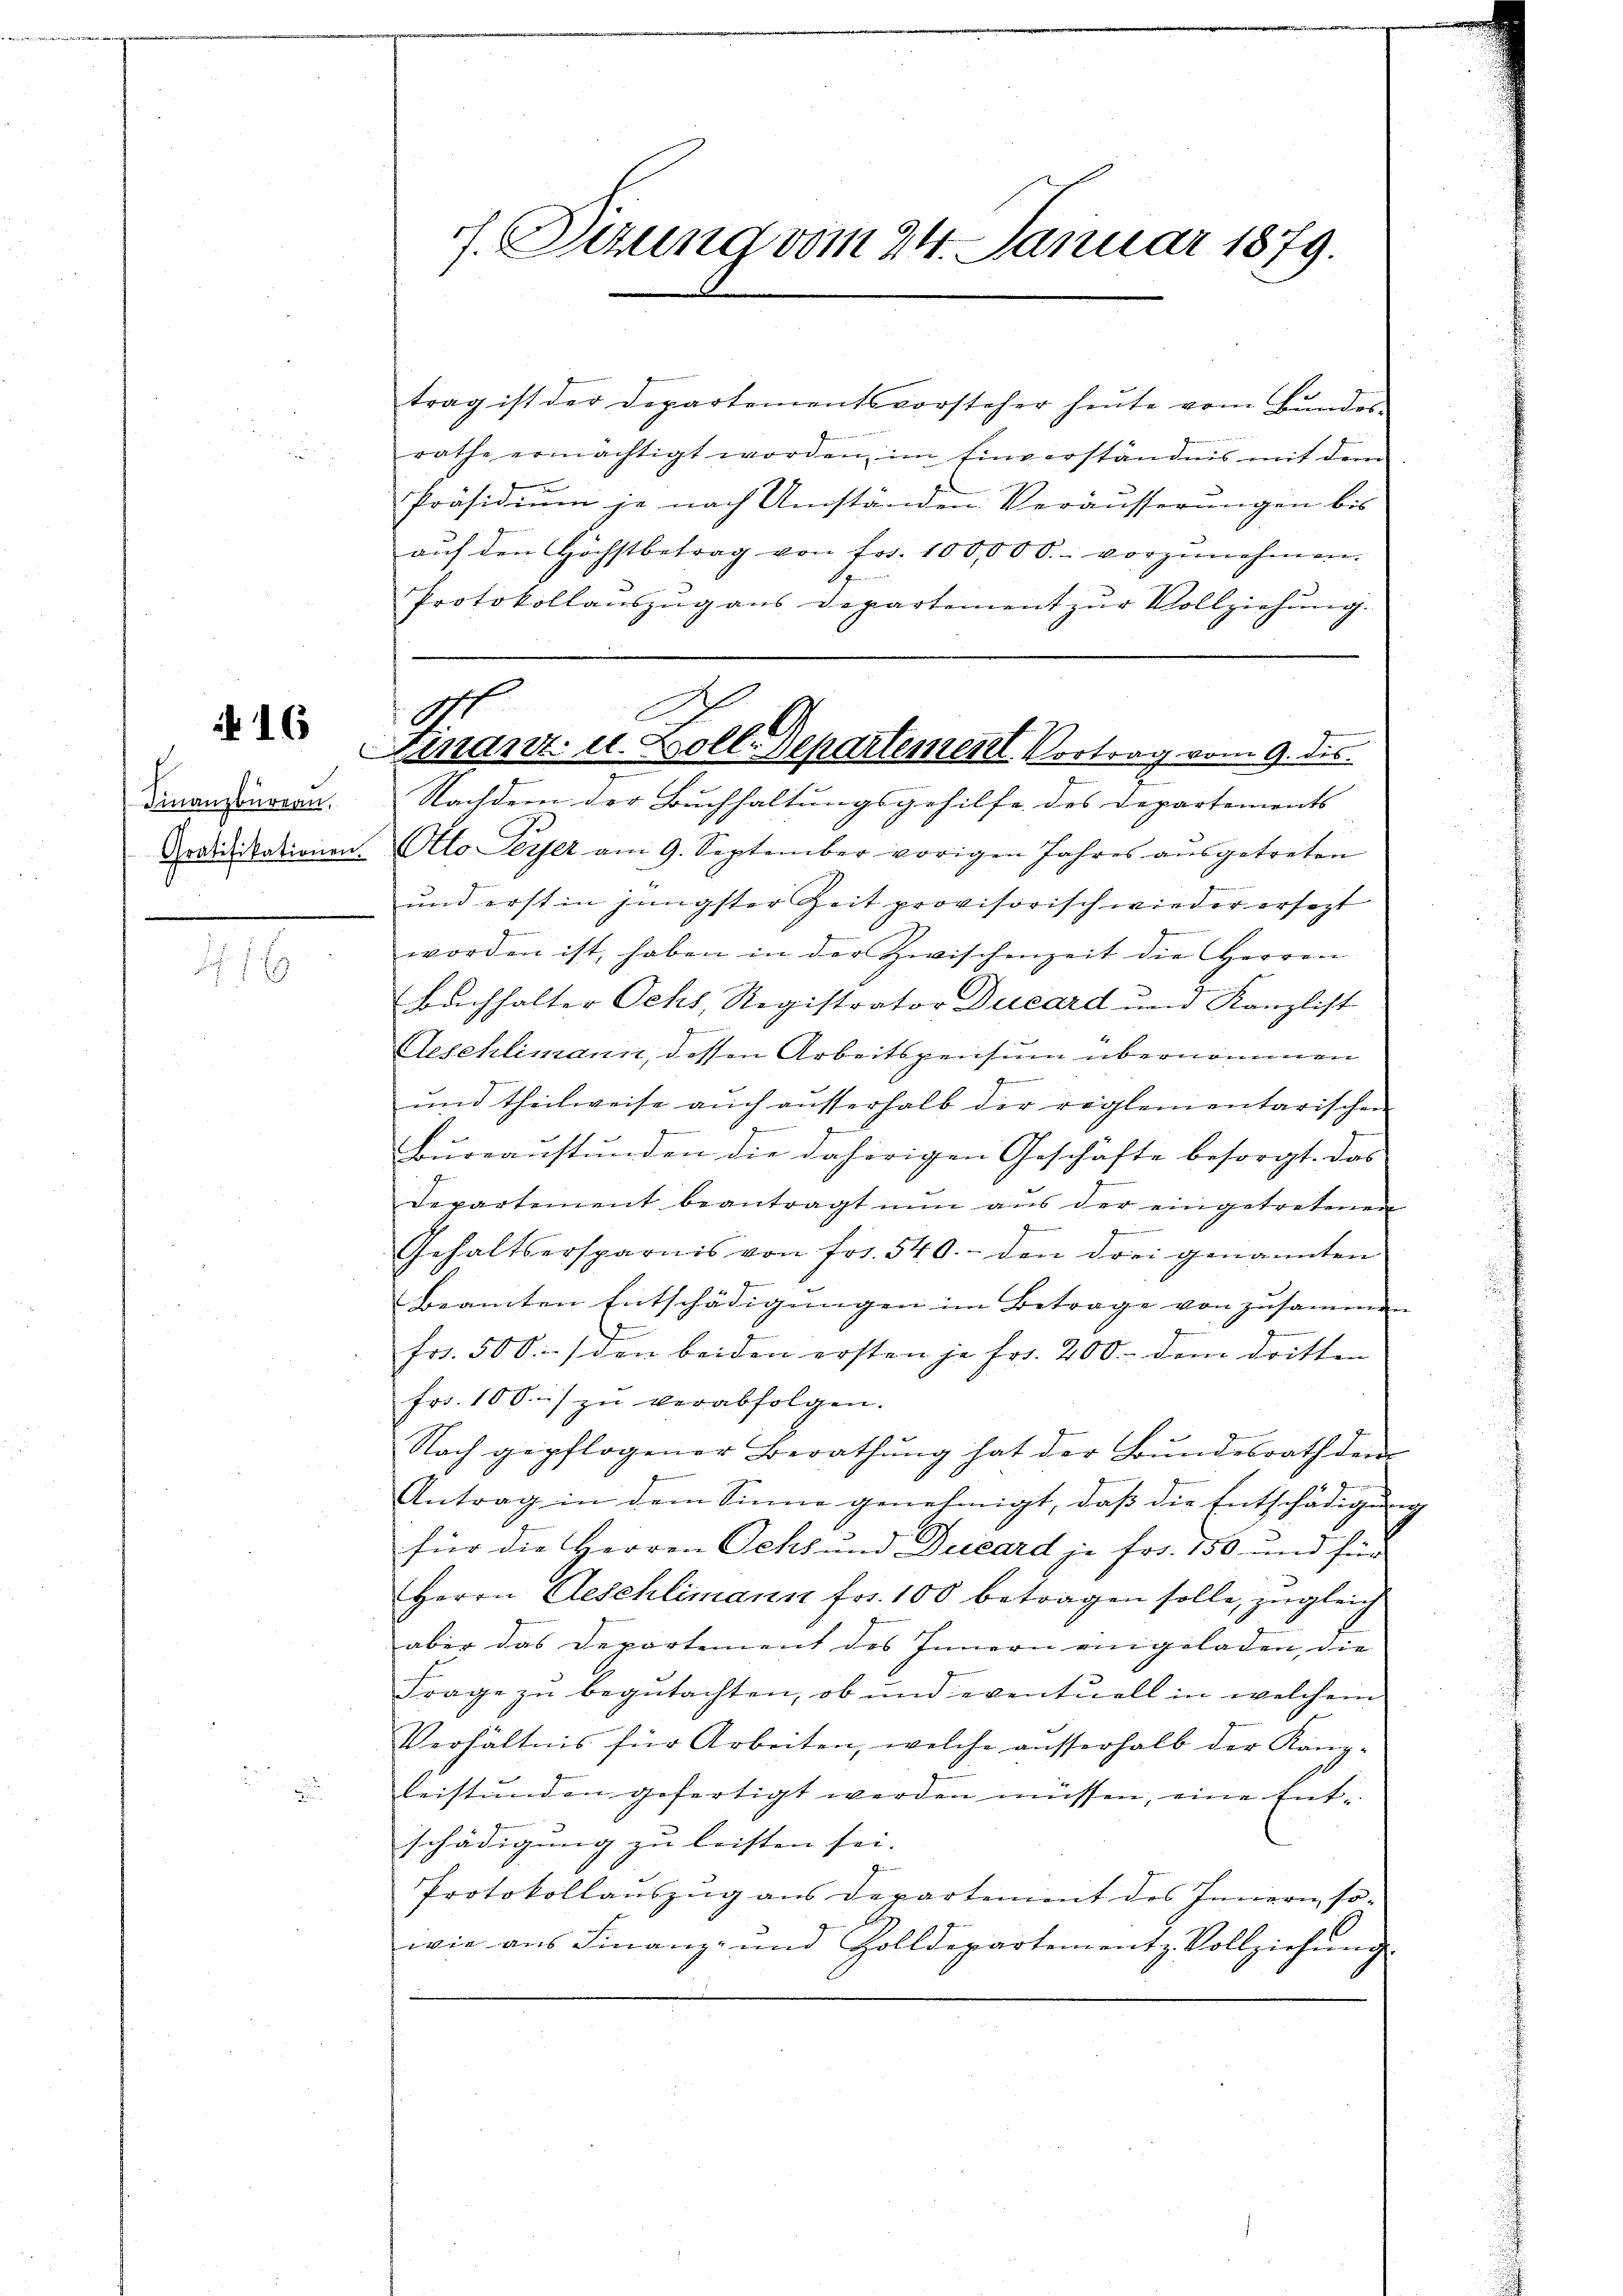
16

Finanzbüreau,

16

f. Sizung vom 24. Januar 1879.

E
A.
Finanz- u. Zoll-Departement. Vortrag vom 9. des

trag ist der Departementsvorsteher heŭte vom Bŭndes-
rathe ermächtigt worden im Einverständnis mit dem
Präsidiŭm je nach Umständen Veräusserŭngen bis
aŭf den Höchstbetrag von frs. 100,000. vorzŭnehmen.
Protokollaŭszŭg ans Departement zŭr Vollziehŭng.
Nachdem der Buchhaltungsgehilfe des Departements
Grailikationen Otto Peyer am 9. September vorigen Jahres aŭsgetreten
und erst in jüngster Zeit provisorisch wieder ersezt
worden ist, haben in der Zwischenzeit die Herren
Bachhalter Ochs, Registrator Ducard und Kanzlist
Zum
Aeschlimann, dessen Arbeitspensum übernommen
g
und theilweise auch ausserhalb der reglementarischen
t
g
Bureanstunden die daherigen Geschäfte besorgt. Das
Departement beantragt nŭn aŭs der eingetretenen
Gehaltsersparnis von frs. 540.- den drei genannten
Beamten Entschädigungen im Betrage von zusammen
.
fr. 500.- (den beiden ersten je fr. 200. dem dritten
frs. 100.- zŭ verabfolgen.
Nach gepflogener Berathŭng hat der Bŭndesrath dem
Bernern ein
Antrag in dem Sinne genehmigt, daß die Entschädigung
für die Herren Ochs und Ducard je frs. 150 und für
Herrn Aeschlimann frs. 100 betragen solle, zugleich
aber das Departement des Innern eingeladen, die
Frage zu begutachten, ob und eventuell in welchem
Verhältnis für Arbeiten, welche ausserhalb der Kamp-
beistunden gefertigt werden müssen, eine Entschädigung zu leisten sei.
Protokollauszug aus Departement des Innern so-
wie ans Finanz- und Zolldepartementz Vollziehŭng.